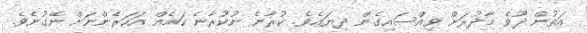
އަތުން ދޫވެ މާދުރަށް ވިއްސައިގެން ދިޔައެވެ. ކުރާނެ ނުކުރާނެ ކަމެއް އަހަރެންނަށް ނޭގުނެވެ.